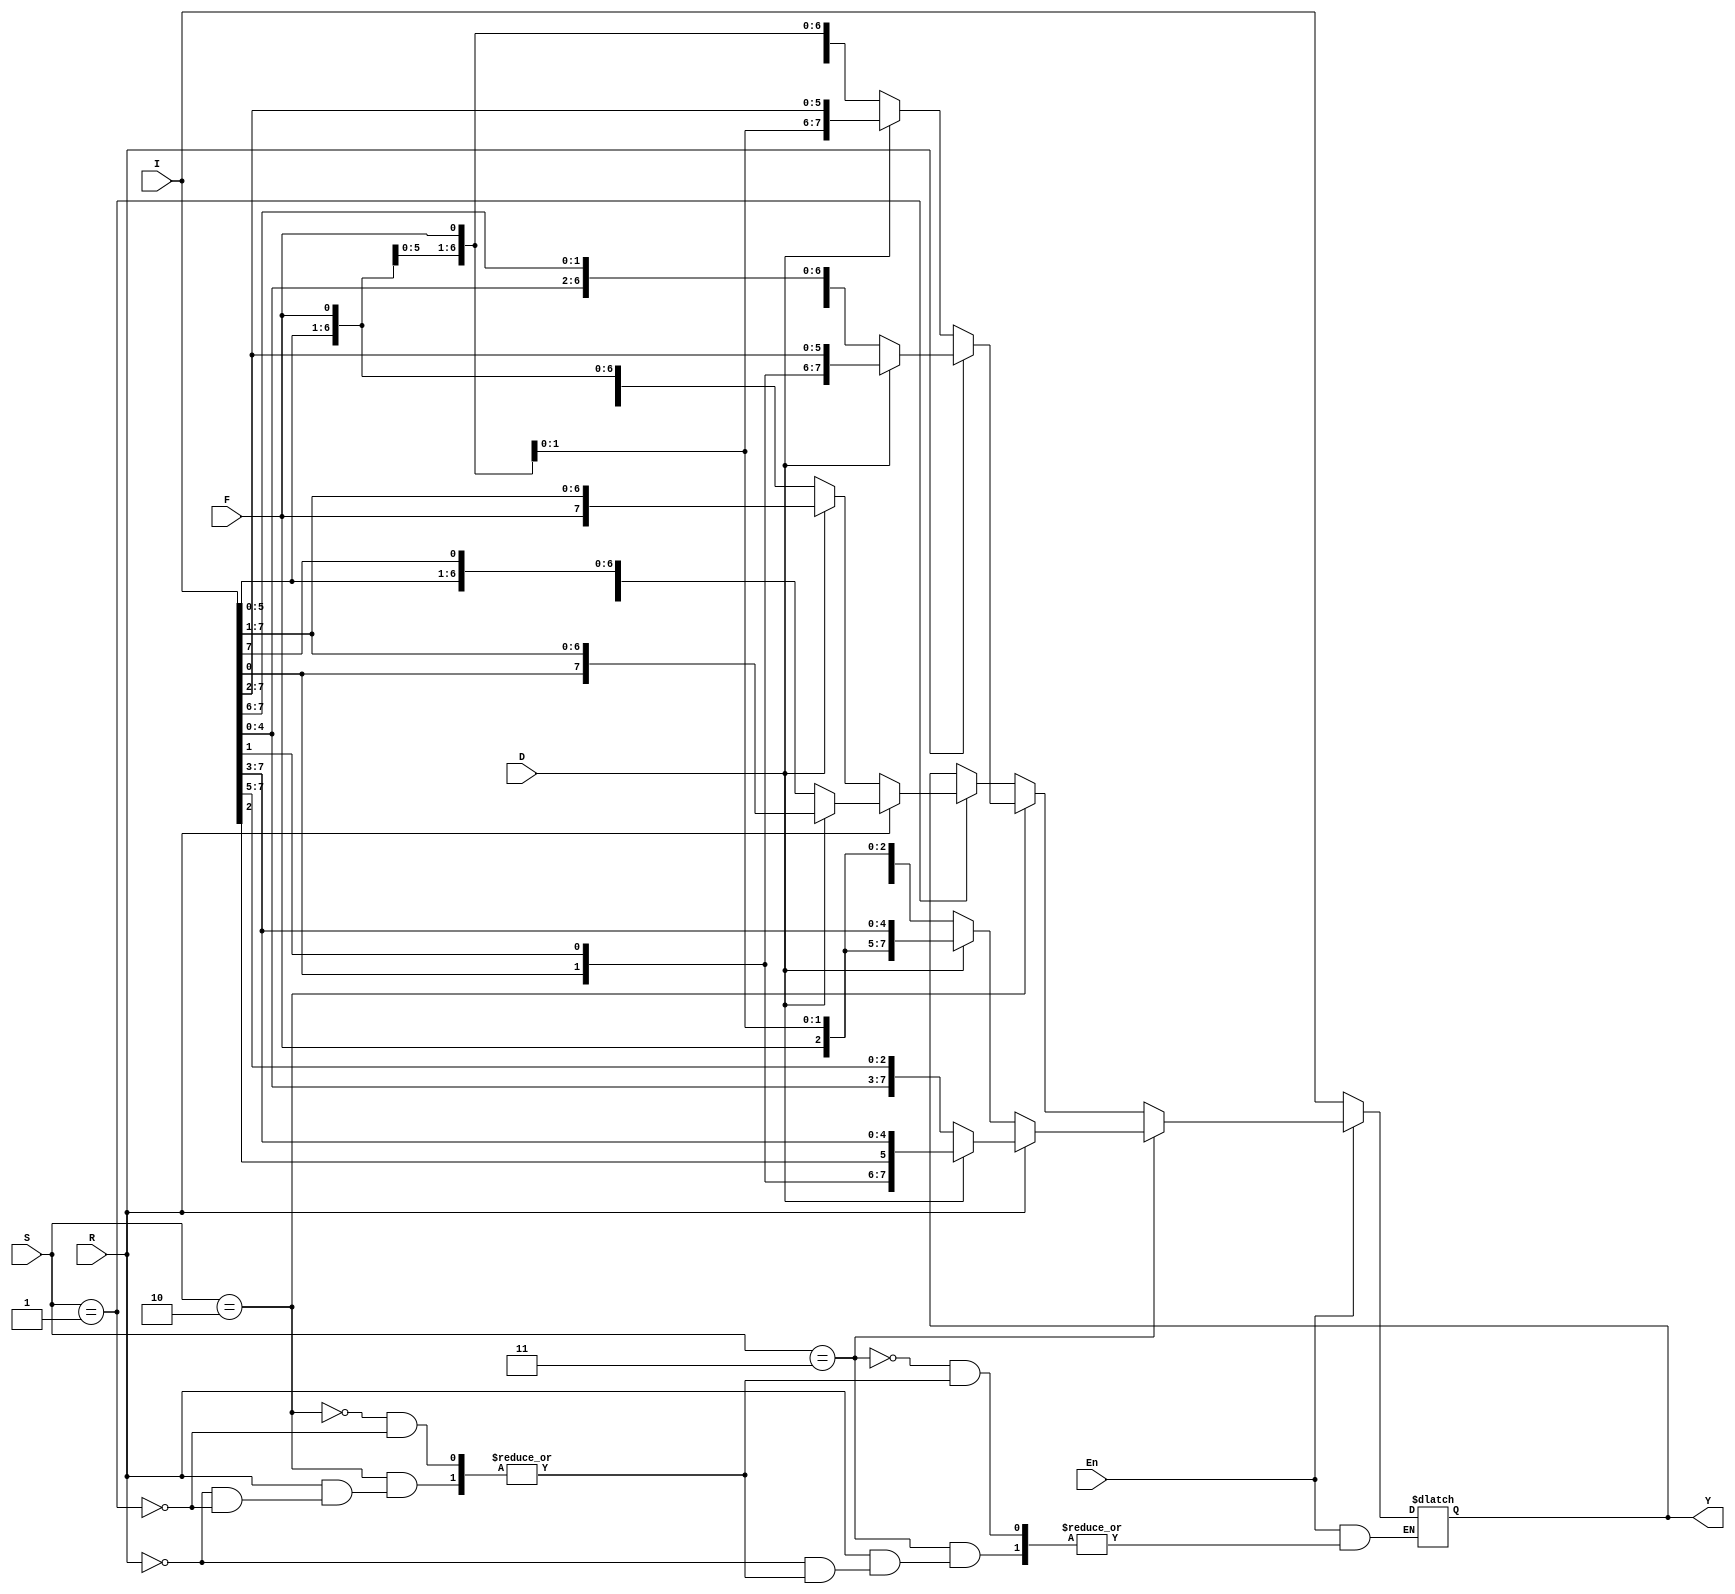
`timescale 1ns / 1ps
//////////////////////////////////////////////////////////////////////////////////
// Company: 
// Engineer: 
// 
// Design Name: 
// Module Name: shifter
// Project Name: 
// Target Devices: 
// Tool Versions: 
// Description: 
// 
// Dependencies: 
// 
// Revision:
// Revision 0.01 - File Created
// Additional Comments:
// 
//////////////////////////////////////////////////////////////////////////////////


module shifter (
    input [7:0] I, //data inputs, and I for control signals
    input [1:0] S, //shift amount
    input D, //direction
    input R, //rotate/shift R=0 shift R=1 rotate
    input F,//fill
    input En, //enable signal
    output reg [7:0] Y //output of the shifter
);

always @ (I, En,S)
begin
    if (En == 0)
        Y <= I;
    else begin
        
          if(S == 2'b01)
          begin
          if (R == 0)      
              Y <= (D == 0) ? {I[6:0], F} : {F, I[7:1]};  
          else if(R == 1)
               Y <= (D == 0) ? {I[6:0], I[7]} : {I[0], I[7:1]};
        end
        if(S==2'b10) begin
            if(R == 0)     
            Y <= (D == 0) ? {I[5:0], F, F} : {F, F, I[7:2]};  
             else if(R == 1)
            Y <= (D == 0) ? {I[5:0], I[7], I[6]} : {I[0],I[1], I[7:2]};
            end
         if(S == 2'b11) begin
            if(R == 0)     
            Y <= (D == 0) ? {I[4:0], F, F, F} : {F, F, F, I[7:3]};  
             else if(R == 1)
            Y <= (D == 0) ? {I[4:0], I[7], I[6], I[5]} : {I[0],I[1],I[2],I[7:3]};
            end
     end
     
end

endmodule